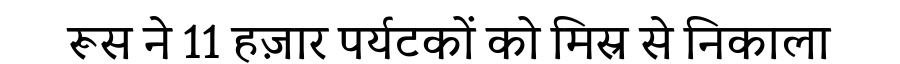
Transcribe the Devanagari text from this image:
रूस ने 11 हज़ार पर्यटकों को मिस्र से निकाला